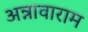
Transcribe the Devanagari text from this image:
अन्नावाराम